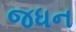
જધન